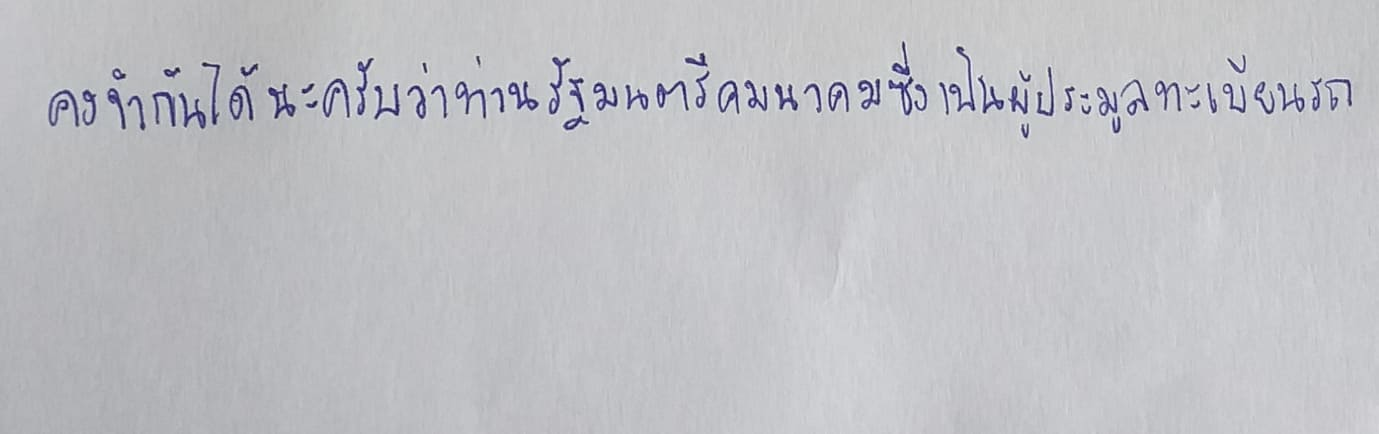
คงจำกันได้นะครับว่าท่านรัฐมนตรีคมนาคมซึ่งเป็นผู้ประมูลทะเบียนรถ